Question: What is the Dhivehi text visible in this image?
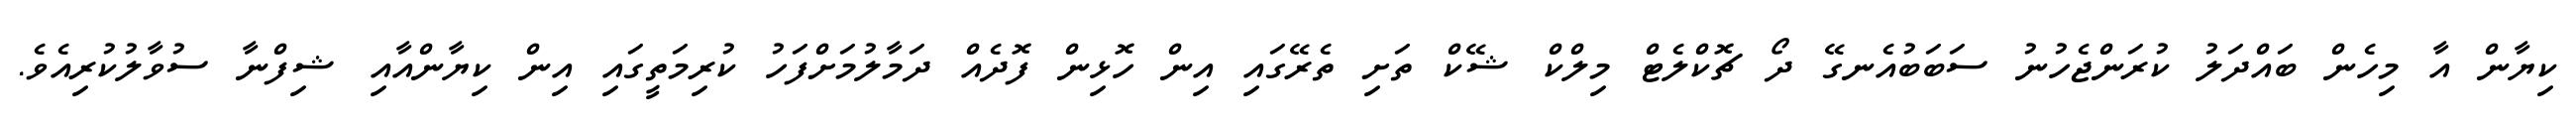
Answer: ކިޔާން އާ މިހެން ބައްދަލު ކުރަންޖެހުނު ސަބަބުއެނގޭ ދޯ ޗޮކްލެޓް މިލްކް ޝޭކް ތަށި ތެރޭގައި އިން ހޮޅިން ފޮދެއް ދަމާލުމަށްފަހު ކުރިމަތީގައި އިން ކިޔާންއާއި ޝިފްނާ ސުވާލުކުރިއެވެ.